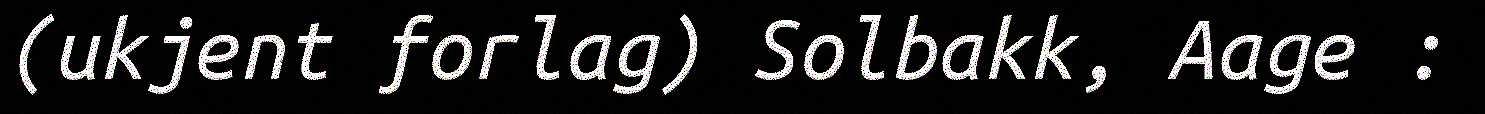
(ukjent forlag) Solbakk, Aage :